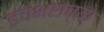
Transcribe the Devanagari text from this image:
इंचभराच्या